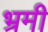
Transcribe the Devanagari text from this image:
भ्रमी